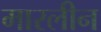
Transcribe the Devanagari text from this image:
मारलीन